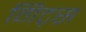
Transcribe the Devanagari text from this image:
गिट्स